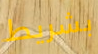
بشريط